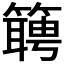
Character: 𬕴